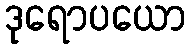
ဒုရောပယော